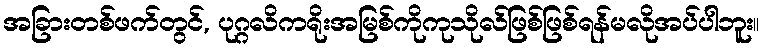
အခြားတစ်ဖက်တွင်, ပုဂ္ဂလိကရိုးအမြစ်ကိုကုသိုလ်ဖြစ်ဖြစ်ရန်မလိုအပ်ပါဘူး။